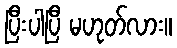
ပြီးပါပြီ မဟုတ်လား။